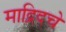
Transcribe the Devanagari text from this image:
माद्रिदचे